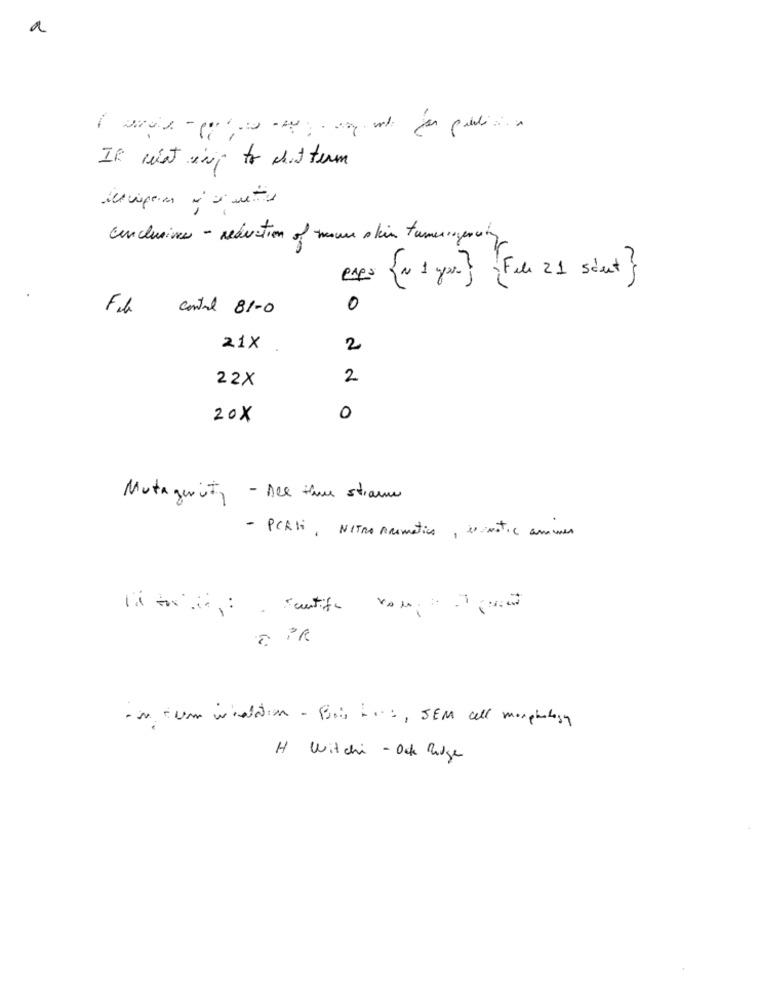
a
If wist ing to chat term
Conclusive - reduction of moun skin turneringencity
eses {1 1 you.] [Fil 21 saat }
Fib
control 81-0
0
21X
2
22X
2
20X
0
see the straw
Mutagurity
- PCRSi, NITRO Aromatico, es -matic ammer
litorais: santife
H Witchi - Oak Ridge